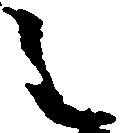
之